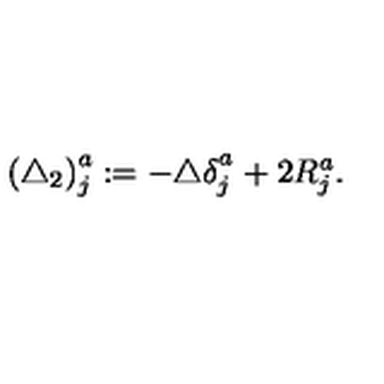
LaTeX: \left( \triangle _ { 2 } \right) _ { j } ^ { a } : = - \triangle \delta _ { j } ^ { a _ { { } } ^ { { } } } + 2 R _ { j } ^ { a } .